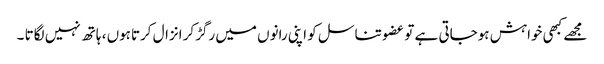
مجھے کبھی خواہش ہوجاتی ہے تو عضو تناسل کو اپنی رانوں میں رگڑکر انزال کرتاہوں ، ہاتھ نہیں لگاتا ۔